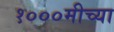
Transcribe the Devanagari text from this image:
१०००मीच्या